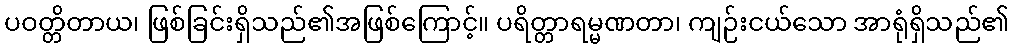
ပဝတ္တိတာယ၊ ဖြစ်ခြင်းရှိသည်၏အဖြစ်ကြောင့်။ ပရိတ္တာရမ္မဏတာ၊ ကျဉ်းငယ်သော အာရုံရှိသည်၏